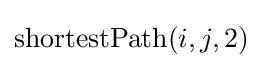
\mathrm {shortestPath} (i,j,2)